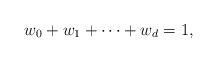
LaTeX: \begin{align*}w_{0} + w_{1} + \cdots + w_{d} = 1 ,\end{align*}